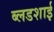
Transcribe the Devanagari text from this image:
ब्लडशाई